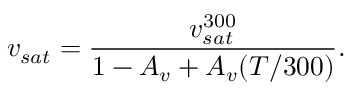
v _ { s a t } = \frac { v _ { s a t } ^ { 3 0 0 } } { 1 - A _ { v } + A _ { v } ( T / 3 0 0 ) } .